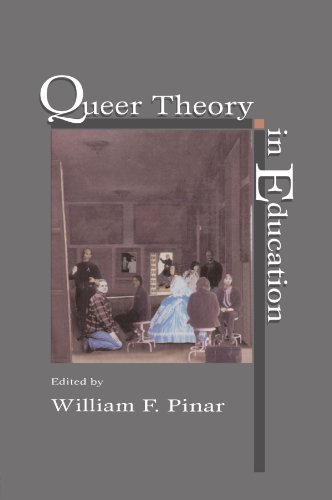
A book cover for Queer Theory in Education (Studies in Curriculum Theory Series); Gay & Lesbian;